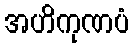
အဟိကုဏပံ